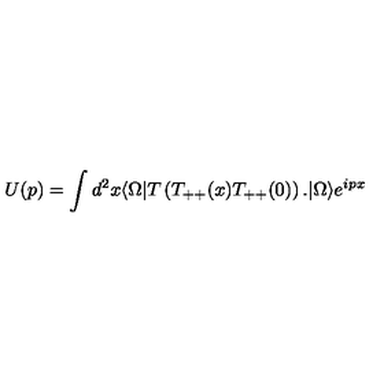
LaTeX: U ( p ) = \int d ^ { 2 } x \langle \Omega | T \left( T _ { + + } ( x ) T _ { + + } ( 0 ) \right) . | \Omega \rangle e ^ { i p x }